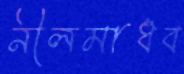
নীলমাধব